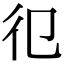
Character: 𢒿